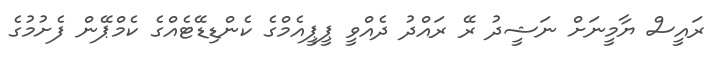
ރައީސް ޔާމީނަށް ނަޝީދު ރޭ ރައްދު ދެއްވީ ޕީޕީއެމްގެ ކެންޑިޑޭޓެއްގެ ކެމްޕޭން ފެށުމުގެ